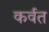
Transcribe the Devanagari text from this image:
कर्वत